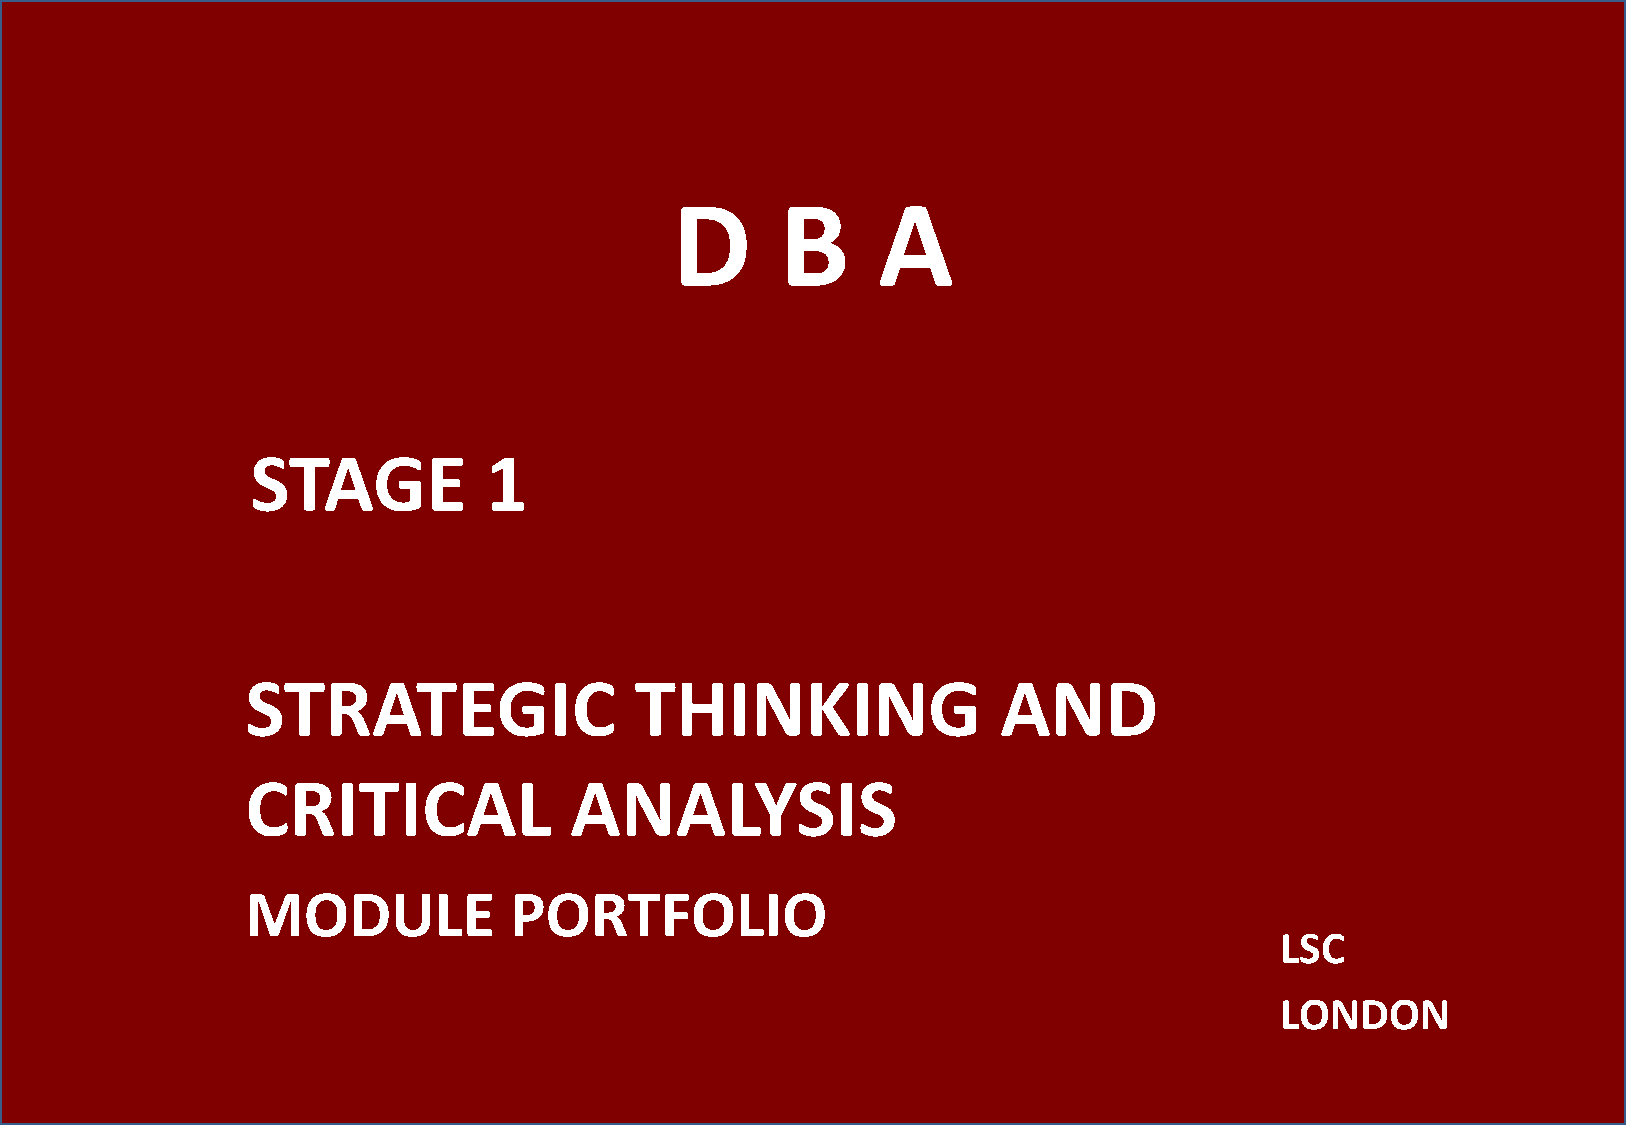
D       B     A
 STAGE          1
 STRATEGIC                 THINKING                AND
 CRITICAL              ANALYSIS
 MODULE            PORTFOLIO
 LSC
 LONDON